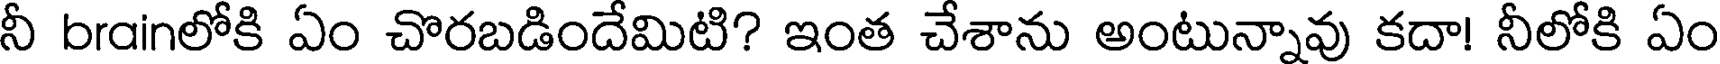
నీ brainలోకి ఏం చొరబడిందేమిటి? ఇంత చేశాను అంటున్నావు కదా! నీలోకి ఏం